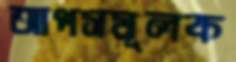
আপসমূলক